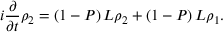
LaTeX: i { \frac { \partial } { \partial t } } \rho _ { 2 } = \left( 1 - P \right) L \rho _ { 2 } + \left( 1 - P \right) L \rho _ { 1 } .